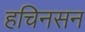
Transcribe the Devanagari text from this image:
हचिनसन